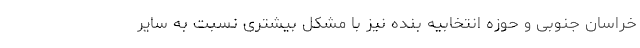
خراسان جنوبی و حوزه انتخابیه بنده نیز با مشکل بیشتری نسبت به سایر